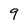
Character: 9